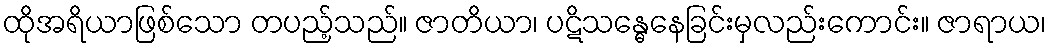
ထိုအရိယာဖြစ်သော တပည့်သည်။ ဇာတိယာ၊ ပဋိသန္ဓေနေခြင်းမှလည်းကောင်း။ ဇာရာယ၊